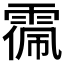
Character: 𩃥